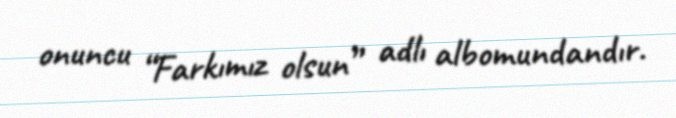
onuncu “Farkımız olsun” adlı albomundandır.